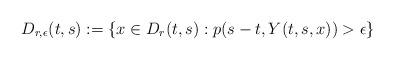
LaTeX: \begin{align*}D_{r,\epsilon}(t,s):=\{x\in D_{r}(t,s): p(s-t,Y(t,s,x))>\epsilon\}\end{align*}